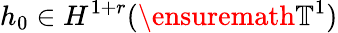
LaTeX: h_{0}\in H^{1+r}(\ensuremath{\mathbb{T}}^{1})